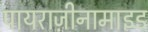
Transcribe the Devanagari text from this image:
पायराज़ीनामाइड